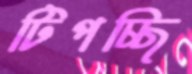
টিপচ্ছি